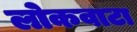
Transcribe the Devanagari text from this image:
लोकवाटा